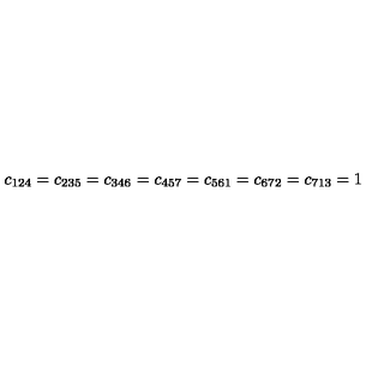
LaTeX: c _ { 1 2 4 } = c _ { 2 3 5 } = c _ { 3 4 6 } = c _ { 4 5 7 } = c _ { 5 6 1 } = c _ { 6 7 2 } = c _ { 7 1 3 } = 1